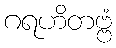
ဂရဟိတဗ္ဗံ